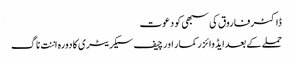
ڈاکٹر فاروق کی سبھی کو دعوت
حملے کے بعدایڈوائزر کمار اور چیف سیکریٹری کا دورہ اننت ناگ